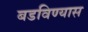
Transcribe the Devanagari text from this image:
बडविण्यास